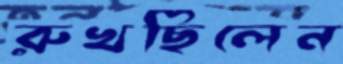
রুখছিলেন